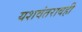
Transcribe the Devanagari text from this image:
यशवंतरावही